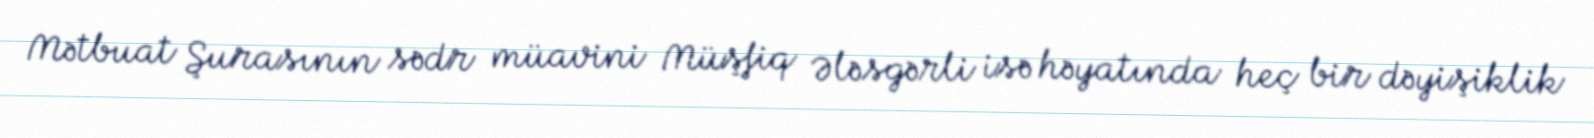
Mətbuat Şurasının sədr müavini Müşfiq Ələsgərli isə həyatında heç bir dəyişiklik